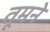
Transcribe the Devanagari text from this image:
तूमने